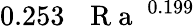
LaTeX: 0.253\, \mathrm{~\textit~{~R~a~}~}^{0.199}